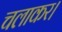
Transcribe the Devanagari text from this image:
चलाकर।